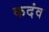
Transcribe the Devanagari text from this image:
कदंव